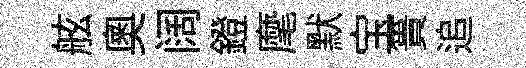
舷奥阔鐙麾默宝簣追